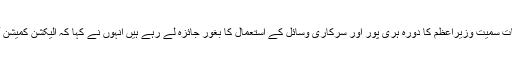
انہوں نے کہا کہ الیکسن کمیسن ان تمام شکایات سمیت وزیراعظم کا دورہ ہری پور اور سرکاری وسائل کے استعمال کا بغور جائزہ لے رہے ہیں انہوں نے کہا کہ الیکشن کمیشن آئینی ادارہ ہے آئینی حدود میں کام کررہا ہے۔